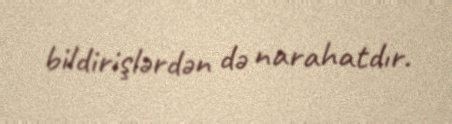
bildirişlərdən də narahatdır.